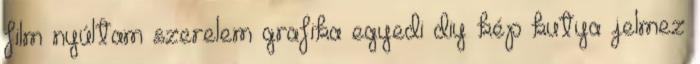
film nyúltam szerelem grafika egyedi diy kép kutya jelmez